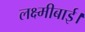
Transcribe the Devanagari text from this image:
लक्ष्मीबाई।